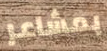
بمشاعر